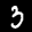
Label: 3